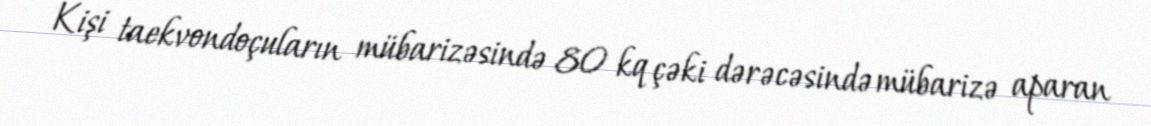
Kişi taekvondoçuların mübarizəsində 80 kq çəki dərəcəsində mübarizə aparan